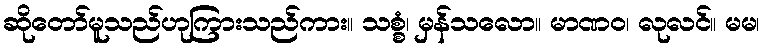
ဆိုတော်မူသည်ဟုကြားသည်ကား။ သစ္စံ၊ မှန်သလော။ မာဏဝ၊ လုလင်။ မမ၊